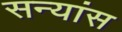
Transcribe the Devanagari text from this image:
सन्यांस